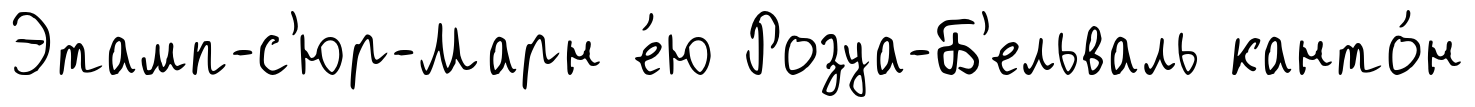
Этамп-с'юр-Марн е́ю Розуа-Б'ельваль канто́н